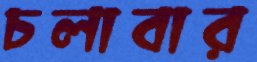
চলাবার